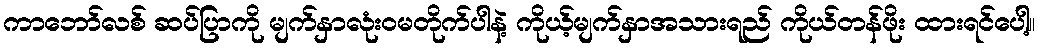
ကာဘော်လစ် ဆပ်ပြာကို မျက်နှာလုံးဝမတိုက်ပါနဲ့ ကိုယ့်မျက်နှာအသားရည် ကိုယ်တန်ဖိုး ထားရင်ပေါ့။